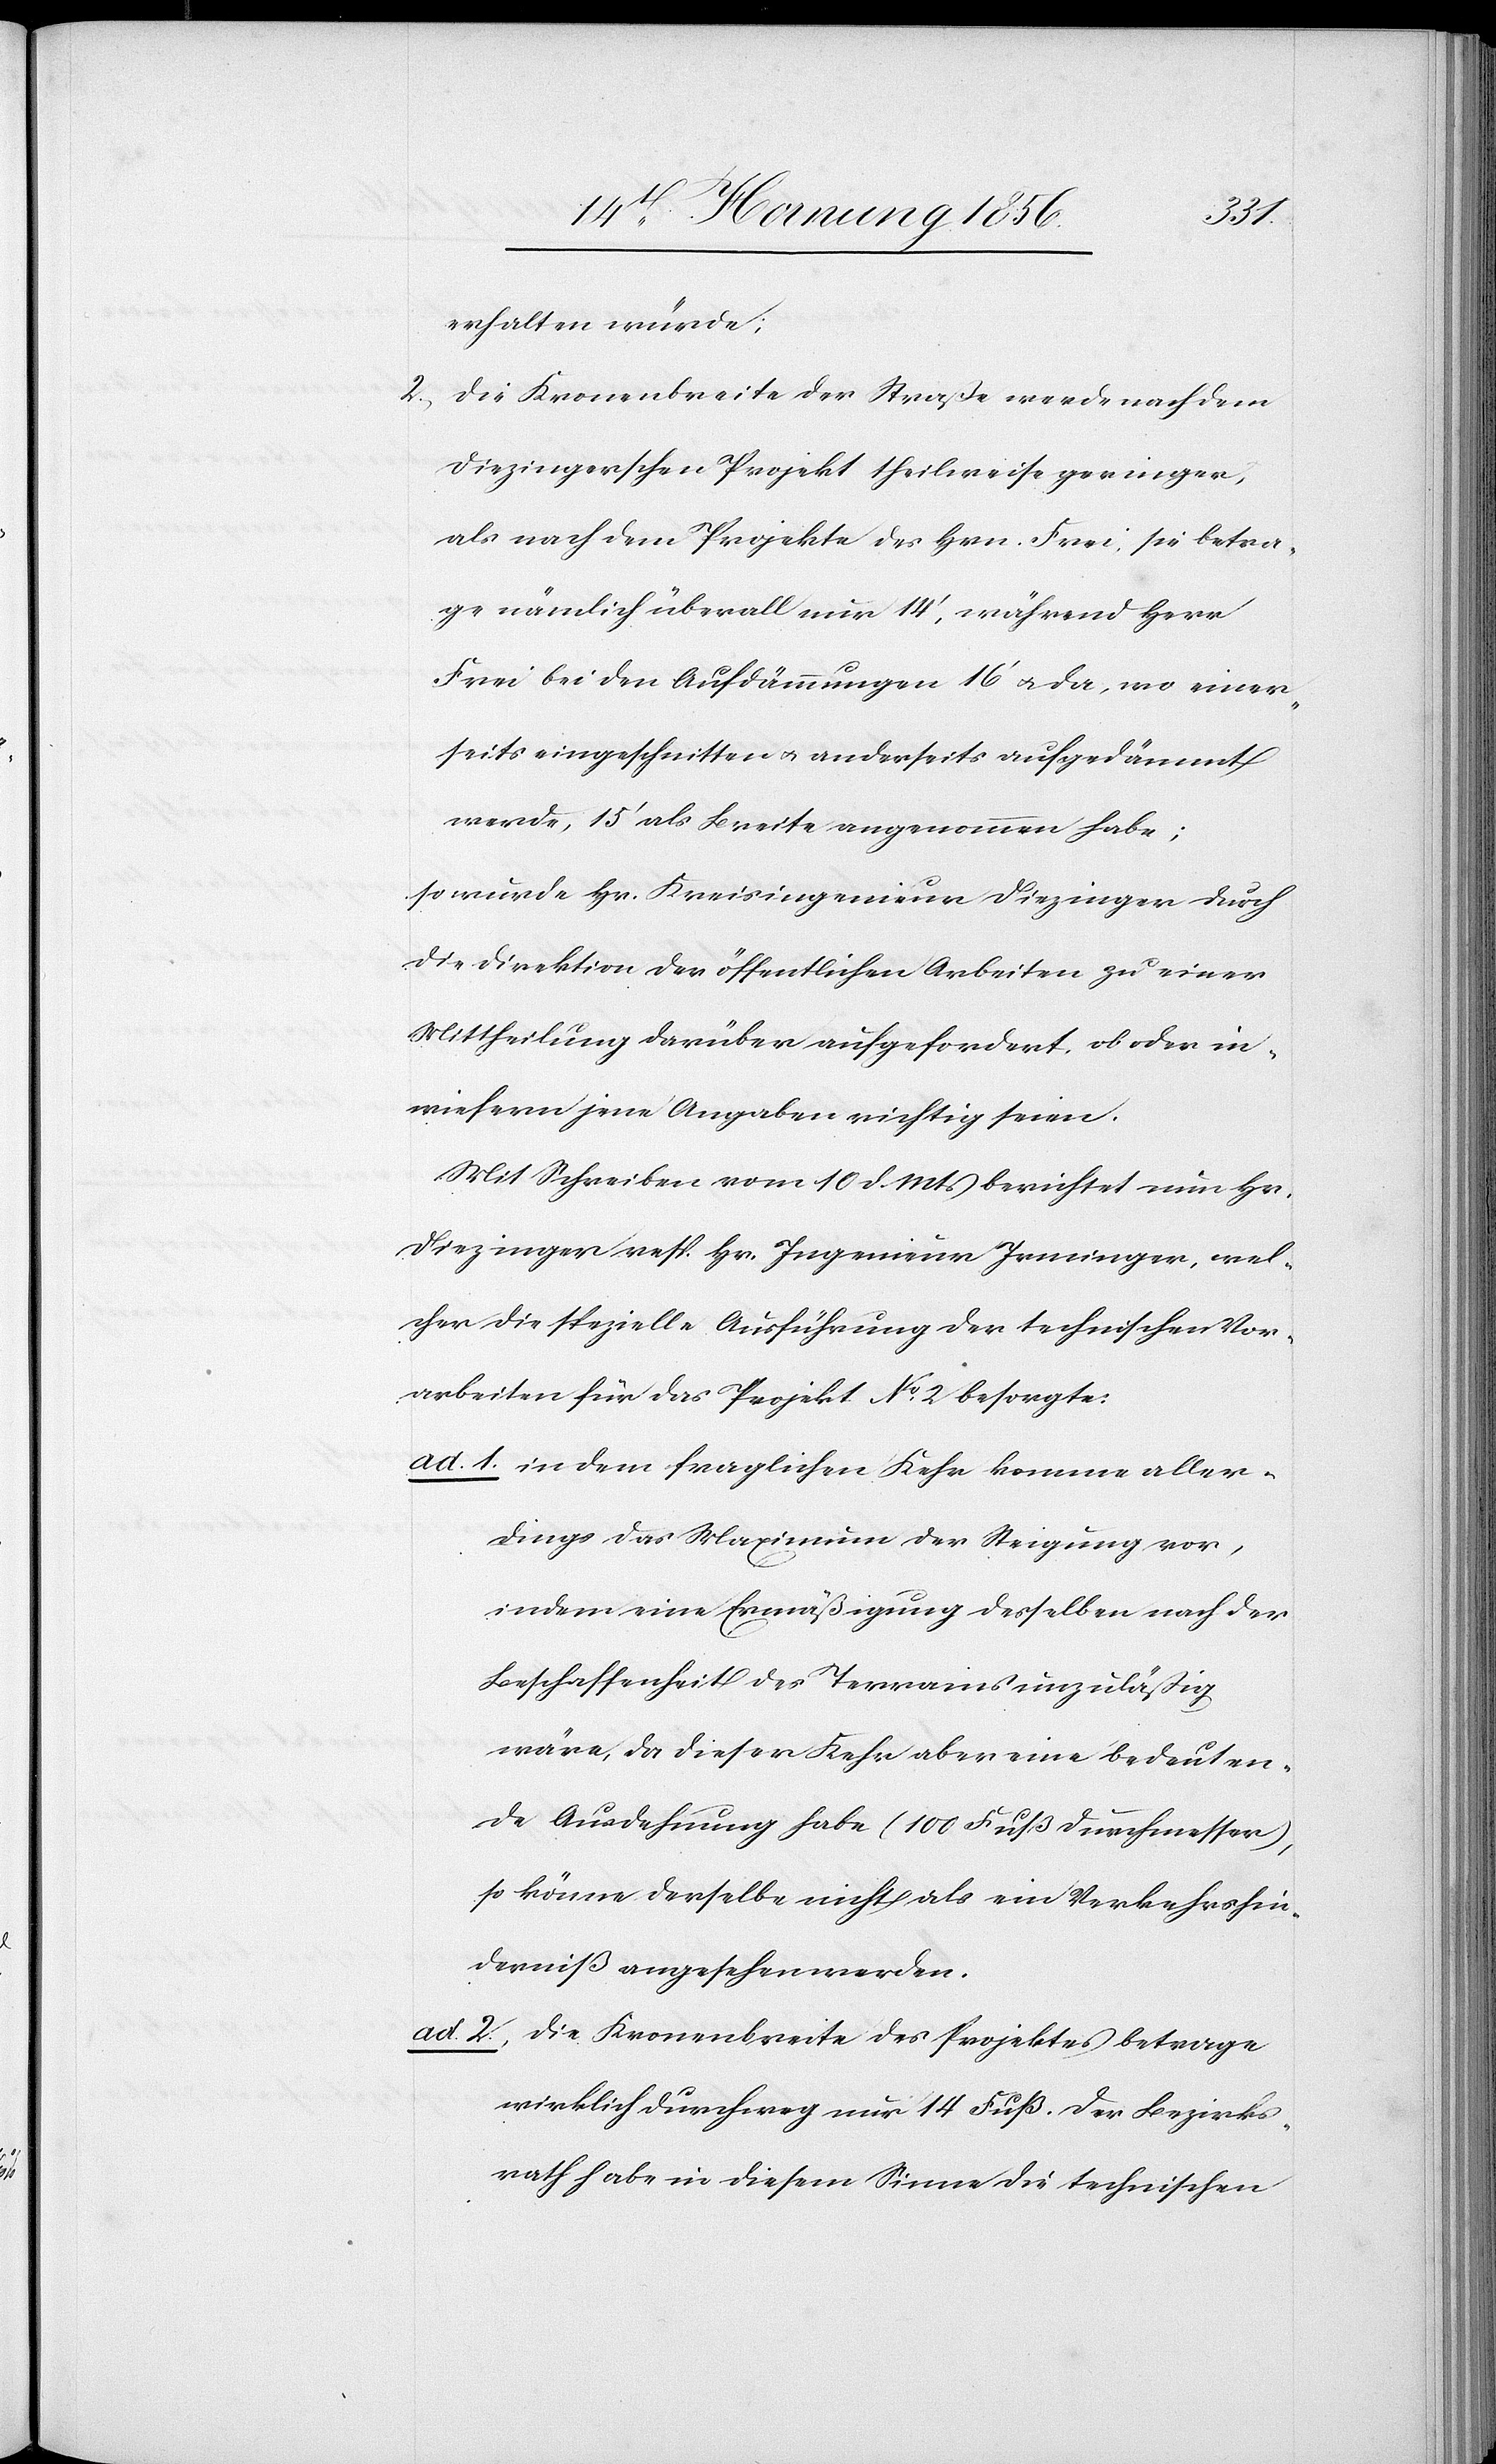
erhalten würde;
2., Die Kronenbreite der Straße werde nach dem
Diezingerschen Projekt theilweise geringer,
als nach dem Projekte des Hrn. Frei, sie betra¬
ge nämlich überall nur 14’, während Herr
Frei bei den Aufdämmungen 16’ u. da, wo einer¬
seits eingeschnitten u. anderseits aufgedämmt
werde, 15’ als Breite angenommen habe;
so würde Hr. Kreisingenieur Diezinger durch
die Direktion der öffentlichen Arbeiten zu einer
Mittheilung darüber aufgefordert, ob oder in¬
wiefern jene Angaben richtig seien.
Mit Schreiben vom 10 d. Mts berichtet nun Hr.
Diezinger resp. Hr. Ingenieur Irminger, wel¬
cher die spezielle Ausführung der technischen Vor¬
arbeiten für das Projekt No 2 besorgte:
ad. 1. in dem fraglichen Kehr komme aller¬
dings das Maximum der Steigung vor,
indem eine Ermäßigung desselben nach der
Beschaffenheit des Terrains unzuläßig
wäre, da dieser Kehr aber eine bedeuten¬
de Ausdehnung habe (100 Fuß Durchmesser),
so könne derselbe nicht als ein Verkehrshin¬
derniß angesehen werden.
ad. 2., Die Kronenbreite des Projektes betrage
wirklich durchweg nur 14 Fuß. Der Bezirks¬
rath habe in diesem Sinne die technischen